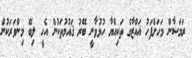
ރަމަޟާން މަހަށްފަހު ޣައްޒާގެ ތަކިއްޔާ ހުޅުވާނީ ބޭރު ޤައުމުތަކުން އެހީ ލިބޭ މިންވަރަކުން